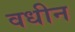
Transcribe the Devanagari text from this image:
वधीन